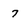
Character: 7